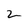
Character: 2